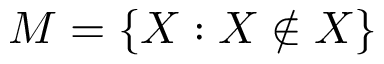
M = \{ X : X \not \in X \}